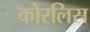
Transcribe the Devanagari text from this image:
कोरलिस